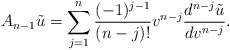
\begin{align*} A_{n-1}\tilde{u}=\sum_{j=1}^n\frac{(-1)^{j-1}}{(n-j)!}v^{n-j}\frac{d^{n-j}\tilde{u}}{dv^{n-j}}.\end{align*}